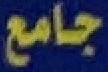
جامع